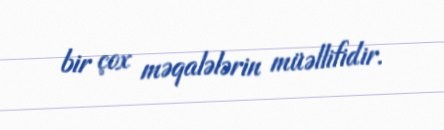
bir çox məqalələrin müəllifidir.